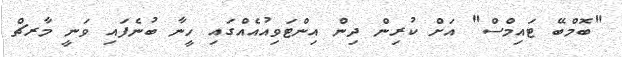
"ބޮމްބޭ ޓައިމްސް" އަށް ކުރިން ދިން އިންޓަވިއުއެއްގައި ހީނާ ބުނެފައި ވަނީ މާރޗް